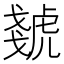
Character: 虦